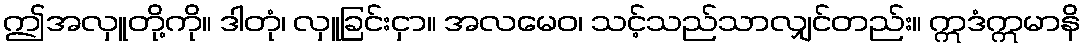
ဤအလှူတို့ကို။ ဒါတုံ၊ လှူခြင်းငှာ။ အလမေဝ၊ သင့်သည်သာလျှင်တည်း။ ဣဒံဣမာနိ